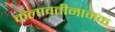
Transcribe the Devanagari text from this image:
कलावतीनामक